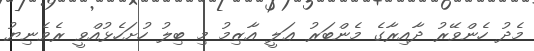
މެދު ހެންވޭރު ދާއިރާގެ މެންބަރު ޢަލީ އާޒިމު މި ބިލު ހުށަހެޅުއްވީ ރެވެނިޔު